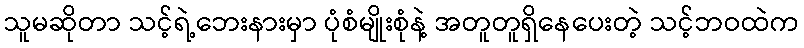
သူမဆိုတာ သင့်ရဲ့ဘေးနားမှာ ပုံစံမျိုးစုံနဲ့ အတူတူရှိနေပေးတဲ့ သင့်ဘဝထဲက